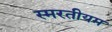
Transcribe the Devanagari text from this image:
स्मरतीयम